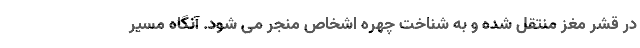
در قشر مغز منتقل شده و به شناخت چهره اشخاص منجر می شود. آنگاه مسیر